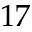
{ 1 7 }